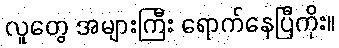
လူတွေ အများကြီး ရောက်နေပြီကိုး။